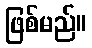
ဖြစ်မည်။